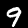
Digit: 9